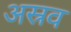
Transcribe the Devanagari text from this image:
अस्रव